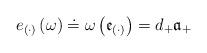
LaTeX: \begin{align*}e_{(\cdot )}\left( \omega \right) \doteq \omega \left( \mathfrak{e}_{(\cdot)}\right) =d_{+}\mathfrak{a}_{+}\end{align*}